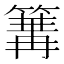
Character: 𥱏